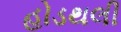
હોડથલી